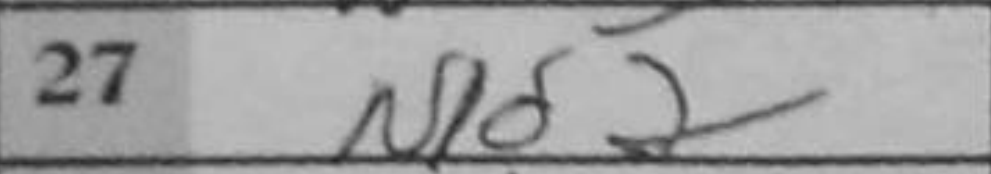
Transcription: Nd2